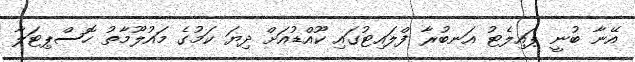
އޭނާ ބުނީ ޕައިލެޓު އަނބުރާ ފްލައިޓުގައި ކޫއްޑުއަށް ދިޔަ ކަމުގެ މައުލޫމާތު ހޮސްޕިޓަލާ